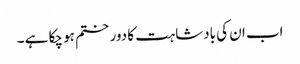
اب ان کی بادشاہت کا دور ختم ہو چکا ہے ۔